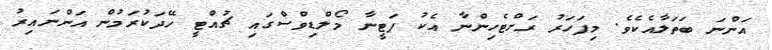
އަންނަ ބަތަލާއެކެވެ. މިފަހަރު ރަށްޓެހިންނާ އެކު ޕަޓީނާ މޯލްޑިވްސްގައި ޗުއްޓީ ހޭދަކުރަމުން އަންނައިރު